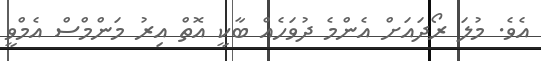
އެވެ. މުލަ ރޯދައަށް އެންމެ ދުވަހެއް ބާކީ އޮތް އިރު މަންމްސް އެމްވީ